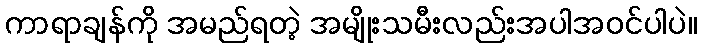
ကာရာချန်ကို အမည်ရတဲ့ အမျိုးသမီးလည်းအပါအဝင်ပါပဲ။